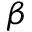
\boldsymbol { \beta }